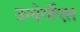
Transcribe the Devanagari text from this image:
उन्देर्गोएस